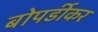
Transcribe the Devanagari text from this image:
बोपर्डीकर